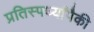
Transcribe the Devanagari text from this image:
प्रतिस्पर्ध्यांपैकी